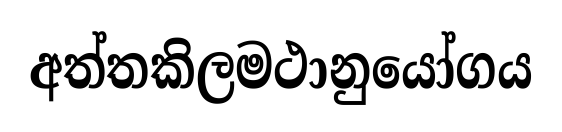
අත්තකිලමථානුයෝගය